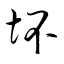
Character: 坏